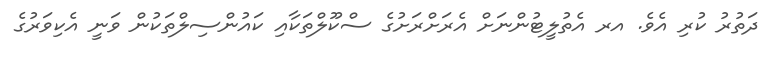
ދަތުރު ކުރި އެވެ. އރ އެތުލީޓުންނަށް އެރަށްރަށުގެ ސްކޫލްތަކާއި ކައުންސިލްތަކުން ވަނީ އެކިވަރުގެ